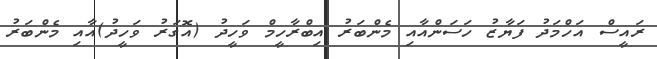
ރައީސް އަހްމަދު ފަޔާޒު ހަސަންއާއި މެންބަރު އިބްރާހީމް ވަހީދު (އޮގަރު ވަހީދު)އާއި މެންބަރު